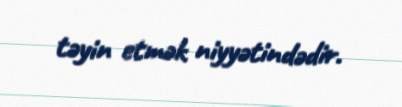
təyin etmək niyyətindədir.